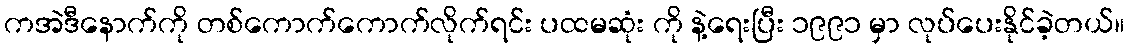
ကအဲဒီနောက်ကို တစ်ကောက်ကောက်လိုက်ရင်း ပထမဆုံး ကို နဲ့ရေးပြီး ၁၉၉၁ မှာ လုပ်ပေးနိုင်ခဲ့တယ်။